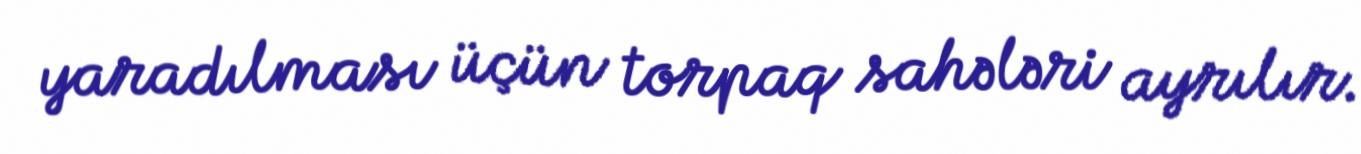
yaradılması üçün torpaq sahələri ayrılır.